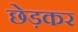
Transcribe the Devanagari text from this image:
छेड़कर